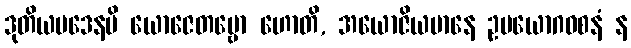
ဒုတိယပဒေနပိ ယောဇေတဗ္ဗော ဟောတိ, အယောဇိယမာနေ ဥပယောဂဝစနံ န